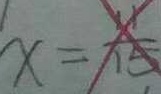
X = \frac { 1 1 } { 1 5 }